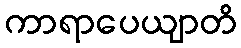
ကာရာပေယျာတိ